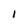
Character: I